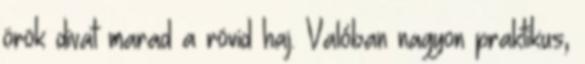
örök divat marad a rövid haj. Valóban nagyon praktikus,